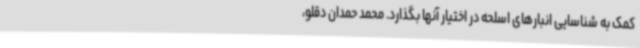
کمک به شناسایی انبارهای اسلحه در اختیار آنها بگذارد. محمد حمدان دقلو،